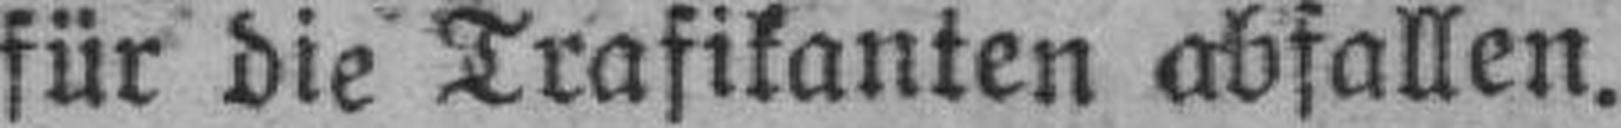
für die Trafikanten abfallen.